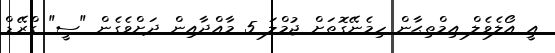
އީ އޯލެވެލް އިމްތިޙާން ހިމެނޭގޮތަށް ޖުމްލަ 5 މާއްދާއިން ދަށްވެގެން "ސީ" ގްރޭޑް